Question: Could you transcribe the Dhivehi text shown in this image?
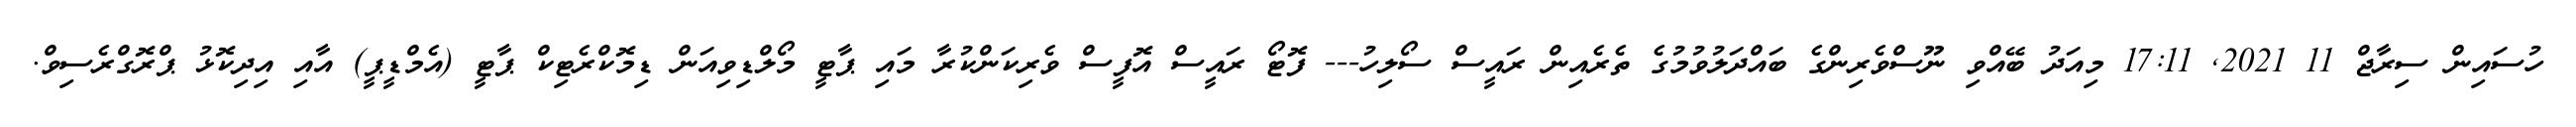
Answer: ހުސައިން ސިރާޖް 11 2021, 17:11 މިއަދު ބޭއްވި ނޫސްވެރިންގެ ބައްދަލުވުމުގެ ތެރެއިން ރައީސް ސޯލިހު--- ފޮޓޯ ރައީސް އޮފީސް ވެރިކަންކުރާ މައި ޕާޓީ މޯލްޑިވިއަން ޑިމޮކްރެޓިކް ޕާޓީ (އެމްޑީޕީ) އާއި އިދިކޮޅު ޕްރޮގްރެސިވް.